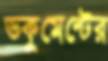
ডকুমেন্টের